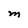
Character: M